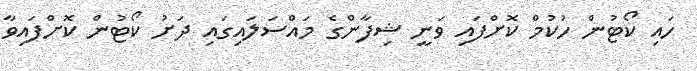
ހައި ކޯޓުން ހުކުމް ކޮށްފައި ވަނީ ޝިފާންގެ މައްސަލައިގައި ދަށު ކޯޓުން ކޮށްފައިވާ